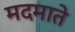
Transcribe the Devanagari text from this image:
मदमाते